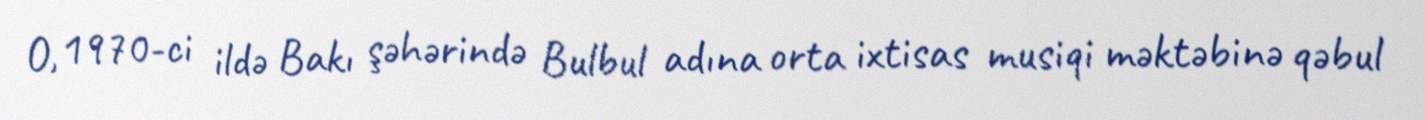
O, 1970-ci ildə Bakı şəhərində Bulbul adına orta ixtisas musiqi məktəbinə qəbul